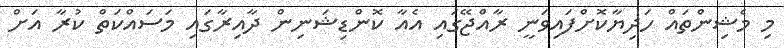
މި މެޝިންތައް ހަދިޔާކޮށްފައިވަނީ ރާއްޖޭގައި އެއާ ކޮންޑިޝަނިން ދާއިރާގައި މަސައްކަތް ކުރާ އަށް